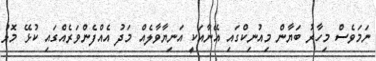
ނަމަވެސް މިހާރު ބަޔާން މިއުނިކްގައި އޭނާއަކީ އަނިޔާވާލެއް މަދު އެއްފެންވަރެއްގައި ކުޅޭ މޮޅު